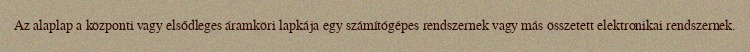
Az alaplap a központi vagy elsődleges áramköri lapkája egy számítógépes rendszernek vagy más összetett elektronikai rendszernek.